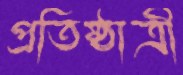
প্রতিষ্ঠাত্রী